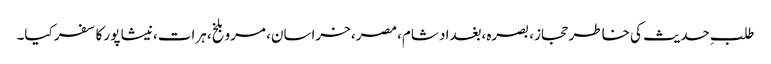
طلبِ حدیث کی خاطر حجاز، بصرہ،بغداد شام، مصر، خراسان، مرو بلخ،ہرات،نیشا پور کا سفر کیا۔